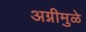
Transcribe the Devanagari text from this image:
अग्नीमुळे